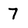
Character: 7